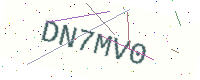
Text: DN7MV0